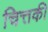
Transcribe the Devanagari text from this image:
चित्तकी